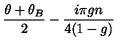
\frac { \theta + \theta _ { B } } { 2 } - \frac { i \pi g n } { 4 ( 1 - g ) }